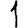
Digit: 1